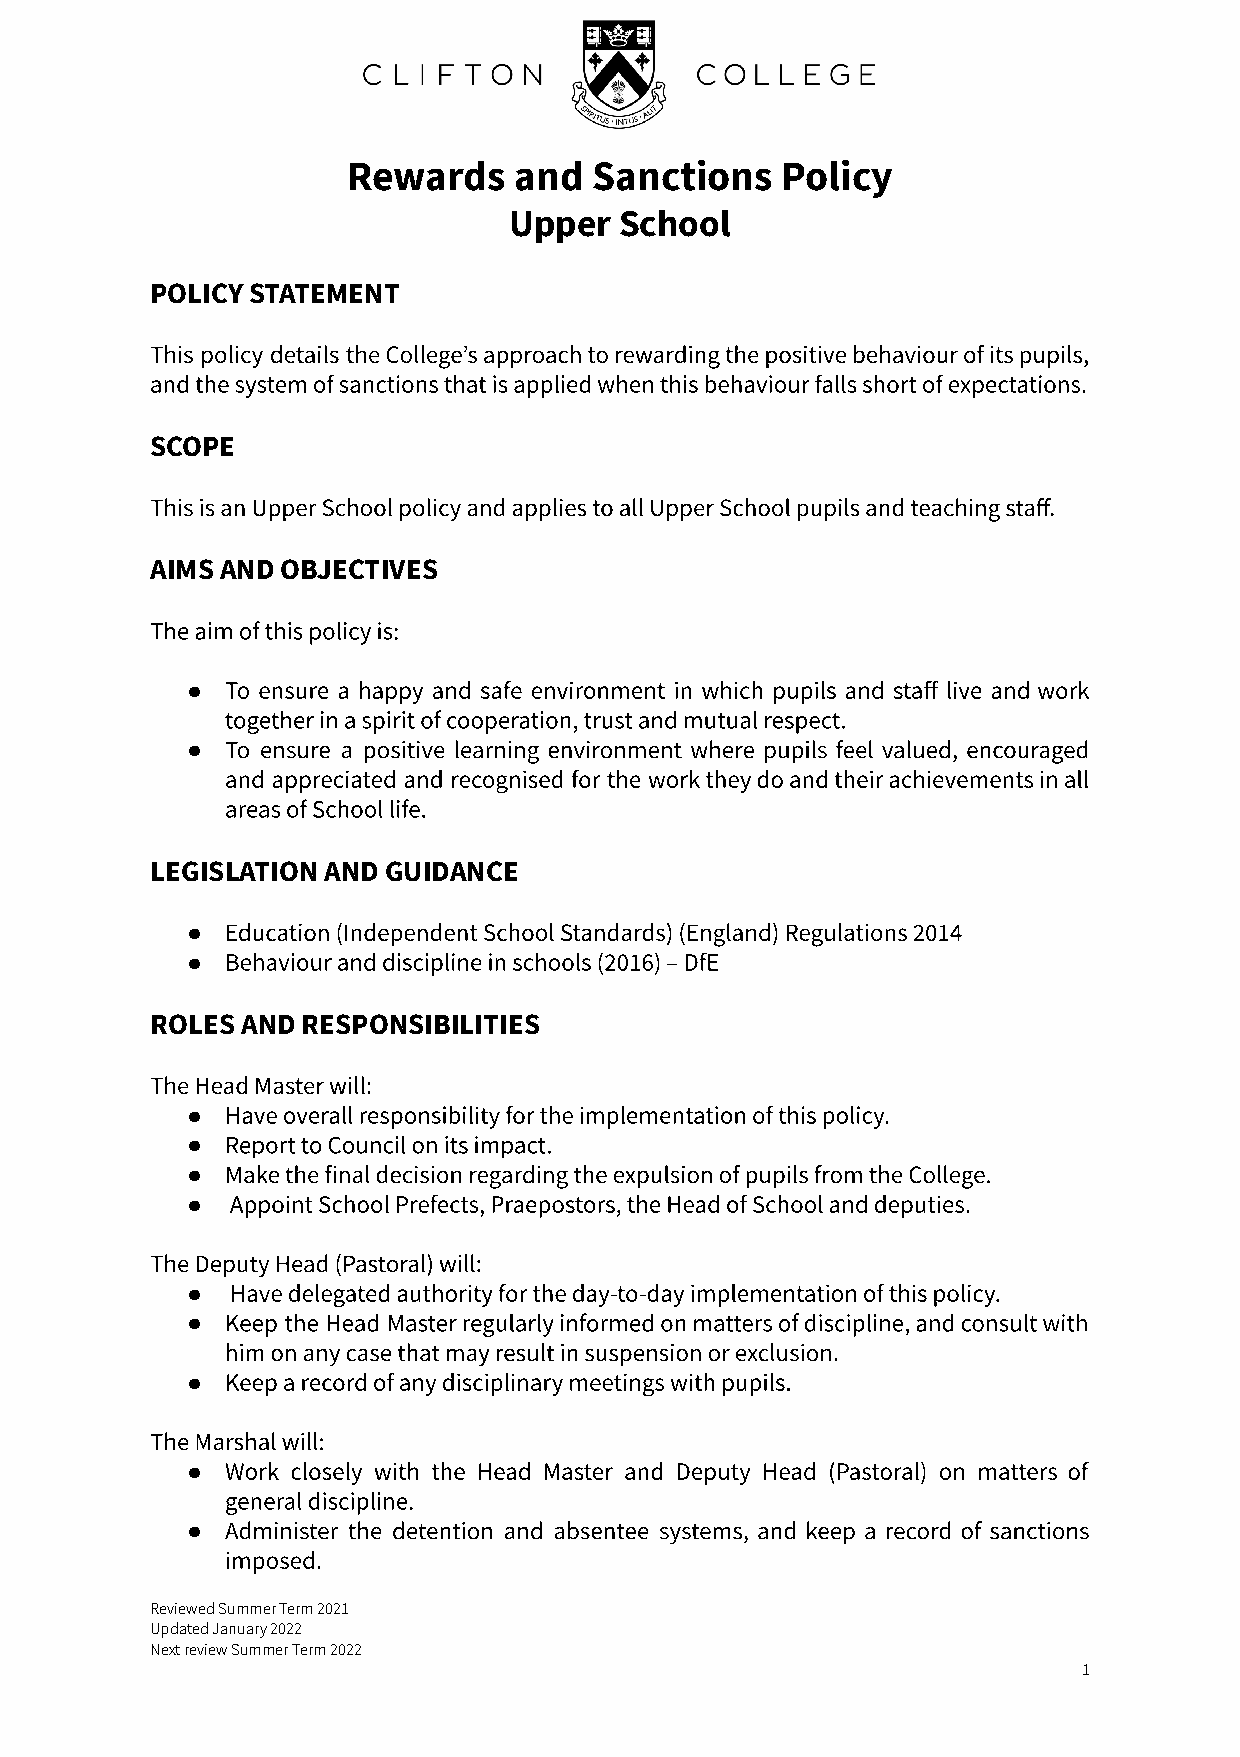
Rewards    and  Sanctions    Policy
 Upper  School
 POLICY STATEMENT
 This policy details the College’s approach to rewarding the positive behaviour of its pupils,
 and the system of sanctions that is applied when this behaviour falls short of expectations.
 SCOPE
 This is an Upper School policy and applies to all Upper School pupils and teaching staff.
 AIMS AND OBJECTIVES
 The aim of this policy is:
 ●  To ensure a happy and safe environment in which pupils and staff live and work
 together in a spirit of cooperation, trust and mutual respect.
 ●  To ensure a positive learning environment where pupils feel valued, encouraged
 and appreciated and recognised for the work they do and their achievements in all
 areas of School life.
 LEGISLATION AND GUIDANCE
 ●  Education (Independent School Standards) (England) Regulations 2014
 ●  Behaviour and discipline in schools (2016) – DfE
 ROLES AND RESPONSIBILITIES
 The Head Master will:
 ●  Have overall responsibility for the implementation of this policy.
 ●  Report to Council on its impact.
 ●  Make the final decision regarding the expulsion of pupils from the College.
 ●  Appoint School Prefects, Praepostors, the Head of School and deputies.
 The Deputy Head (Pastoral) will:
 ●  Have delegated authority for the day-to-day implementation of this policy.
 ●  Keep the Head Master regularly informed on matters of discipline, and consult with
 him on any case that may result in suspension or exclusion.
 ●  Keep a record of any disciplinary meetings with pupils.
 The Marshal will:
 ●  Work closely with the Head Master and Deputy Head (Pastoral) on matters of
 general discipline.
 ●  Administer the detention and absentee systems, and keep a record of sanctions
 imposed.
 Reviewed Summer Term 2021
 Updated January 2022
 Next review Summer Term 2022
 1